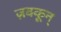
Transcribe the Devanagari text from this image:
ज़क्कून्